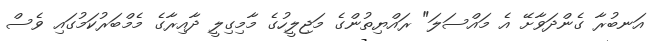
އަނބުރާ ގެންދަވާށޭ އެ މައްސަލަ" ރައްޔިތުންގެ މަޖިލީހުގެ މާމިގިލީ ދާއިރާގެ މެމްބަރުކަމުގައި ވެސް